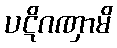
ပဋိဂဏှာမိ